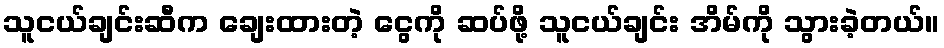
သူငယ်ချင်းဆီက ချေးထားတဲ့ ငွေကို ဆပ်ဖို့ သူငယ်ချင်း အိမ်ကို သွားခဲ့တယ်။